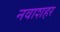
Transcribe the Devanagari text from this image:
नवाशहर